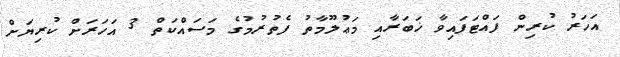
އަހަރު ކުރިން ފައްޓަފައިވާ ޚަބަރާއި މަޢުލޫމާތު ފެތުރުމުގެ މަސައްކަތް 3 އަހަރަށް ކުރިޔަށް